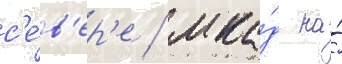
с'е́в'ер'е / мка́д на́